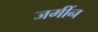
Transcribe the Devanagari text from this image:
जमींन